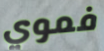
فموي